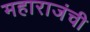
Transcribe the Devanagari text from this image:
महाराजंची